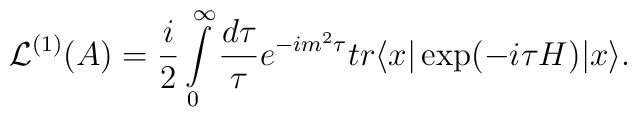
{\cal L}^{(1)}(A)=\frac{i}{2} \int \limits^{\infty }_{0} \frac{d\tau}{\tau} e^{-im^2\tau} tr \langle x| \exp(-i\tau H) |x\rangle.